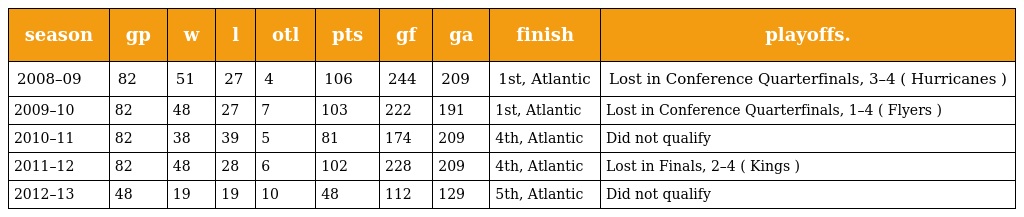
| season | gp | w | l | otl | pts | gf | ga | finish | playoffs. |
 | --- | --- | --- | --- | --- | --- | --- | --- | --- | --- |
 | 2008–09 | 82 | 51 | 27 | 4 | 106 | 244 | 209 | 1st, Atlantic | Lost in Conference Quarterfinals, 3–4 ( Hurricanes ) |
 | 2009–10 | 82 | 48 | 27 | 7 | 103 | 222 | 191 | 1st, Atlantic | Lost in Conference Quarterfinals, 1–4 ( Flyers ) |
 | 2010–11 | 82 | 38 | 39 | 5 | 81 | 174 | 209 | 4th, Atlantic | Did not qualify |
 | 2011–12 | 82 | 48 | 28 | 6 | 102 | 228 | 209 | 4th, Atlantic | Lost in Finals, 2–4 ( Kings ) |
 | 2012–13 | 48 | 19 | 19 | 10 | 48 | 112 | 129 | 5th, Atlantic | Did not qualify |